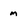
Character: m